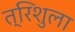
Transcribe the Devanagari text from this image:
त्रिशुला